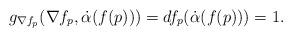
LaTeX: \begin{align*}g_{\nabla f_p}(\nabla f_p,\dot\alpha(f(p)))=df_p(\dot\alpha(f(p) ) )=1.\end{align*}